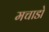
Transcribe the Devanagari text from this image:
मचाडो